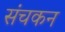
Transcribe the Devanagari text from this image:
संचकन